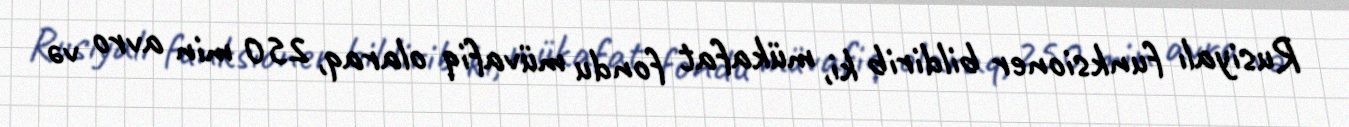
Rusiyalı funksioner bildirib ki, mükafat fondu müvafiq olaraq, 250 min avro və